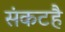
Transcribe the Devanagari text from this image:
संकटहै